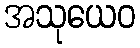
အသုယေဝ